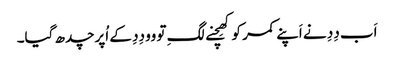
اَب دِدِ نے اَپنے کمر کو کھِچنے لگِ تو وو دِدِ کے اُپر چدھ گیا۔